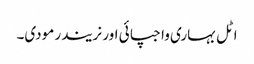
اٹل بہاری واجپائی اور نریندر مودی۔